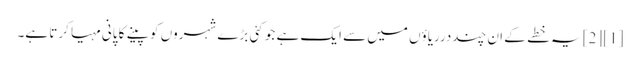
[1] [2] یہ خطے کے ان چنددرریاؤں میں سے ایک ہے جو کئی بڑے شہروں کو پینے کا پانی مہیا کرتا ہے۔